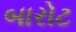
બારોટ